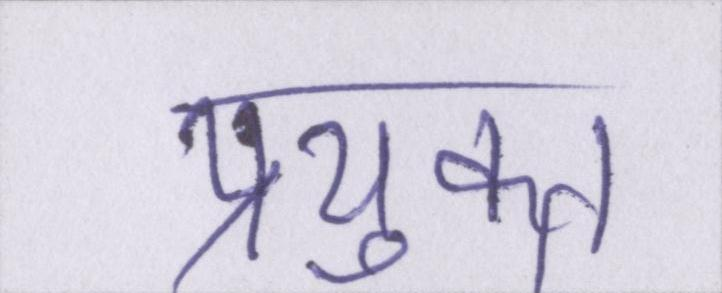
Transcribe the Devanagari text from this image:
प्रयुक्त